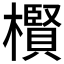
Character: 𱤬